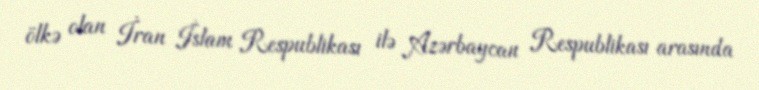
ölkə olan İran İslam Respublikası ilə Azərbaycan Respublikası arasında